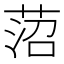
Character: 菬